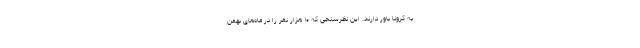
به کرونا باور دارند. این نظرسنجی که ۱۰ هزار نفر را در ماه‌های بهمن